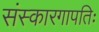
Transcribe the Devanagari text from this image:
संस्कारगापतिः